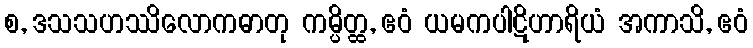
စ, ဒသသဟဿိလောကဓာတု ကမ္ပိတ္ထ, ဧဝံ ယမကပါဋိဟာရိယံ အကာသိ, ဧဝံ